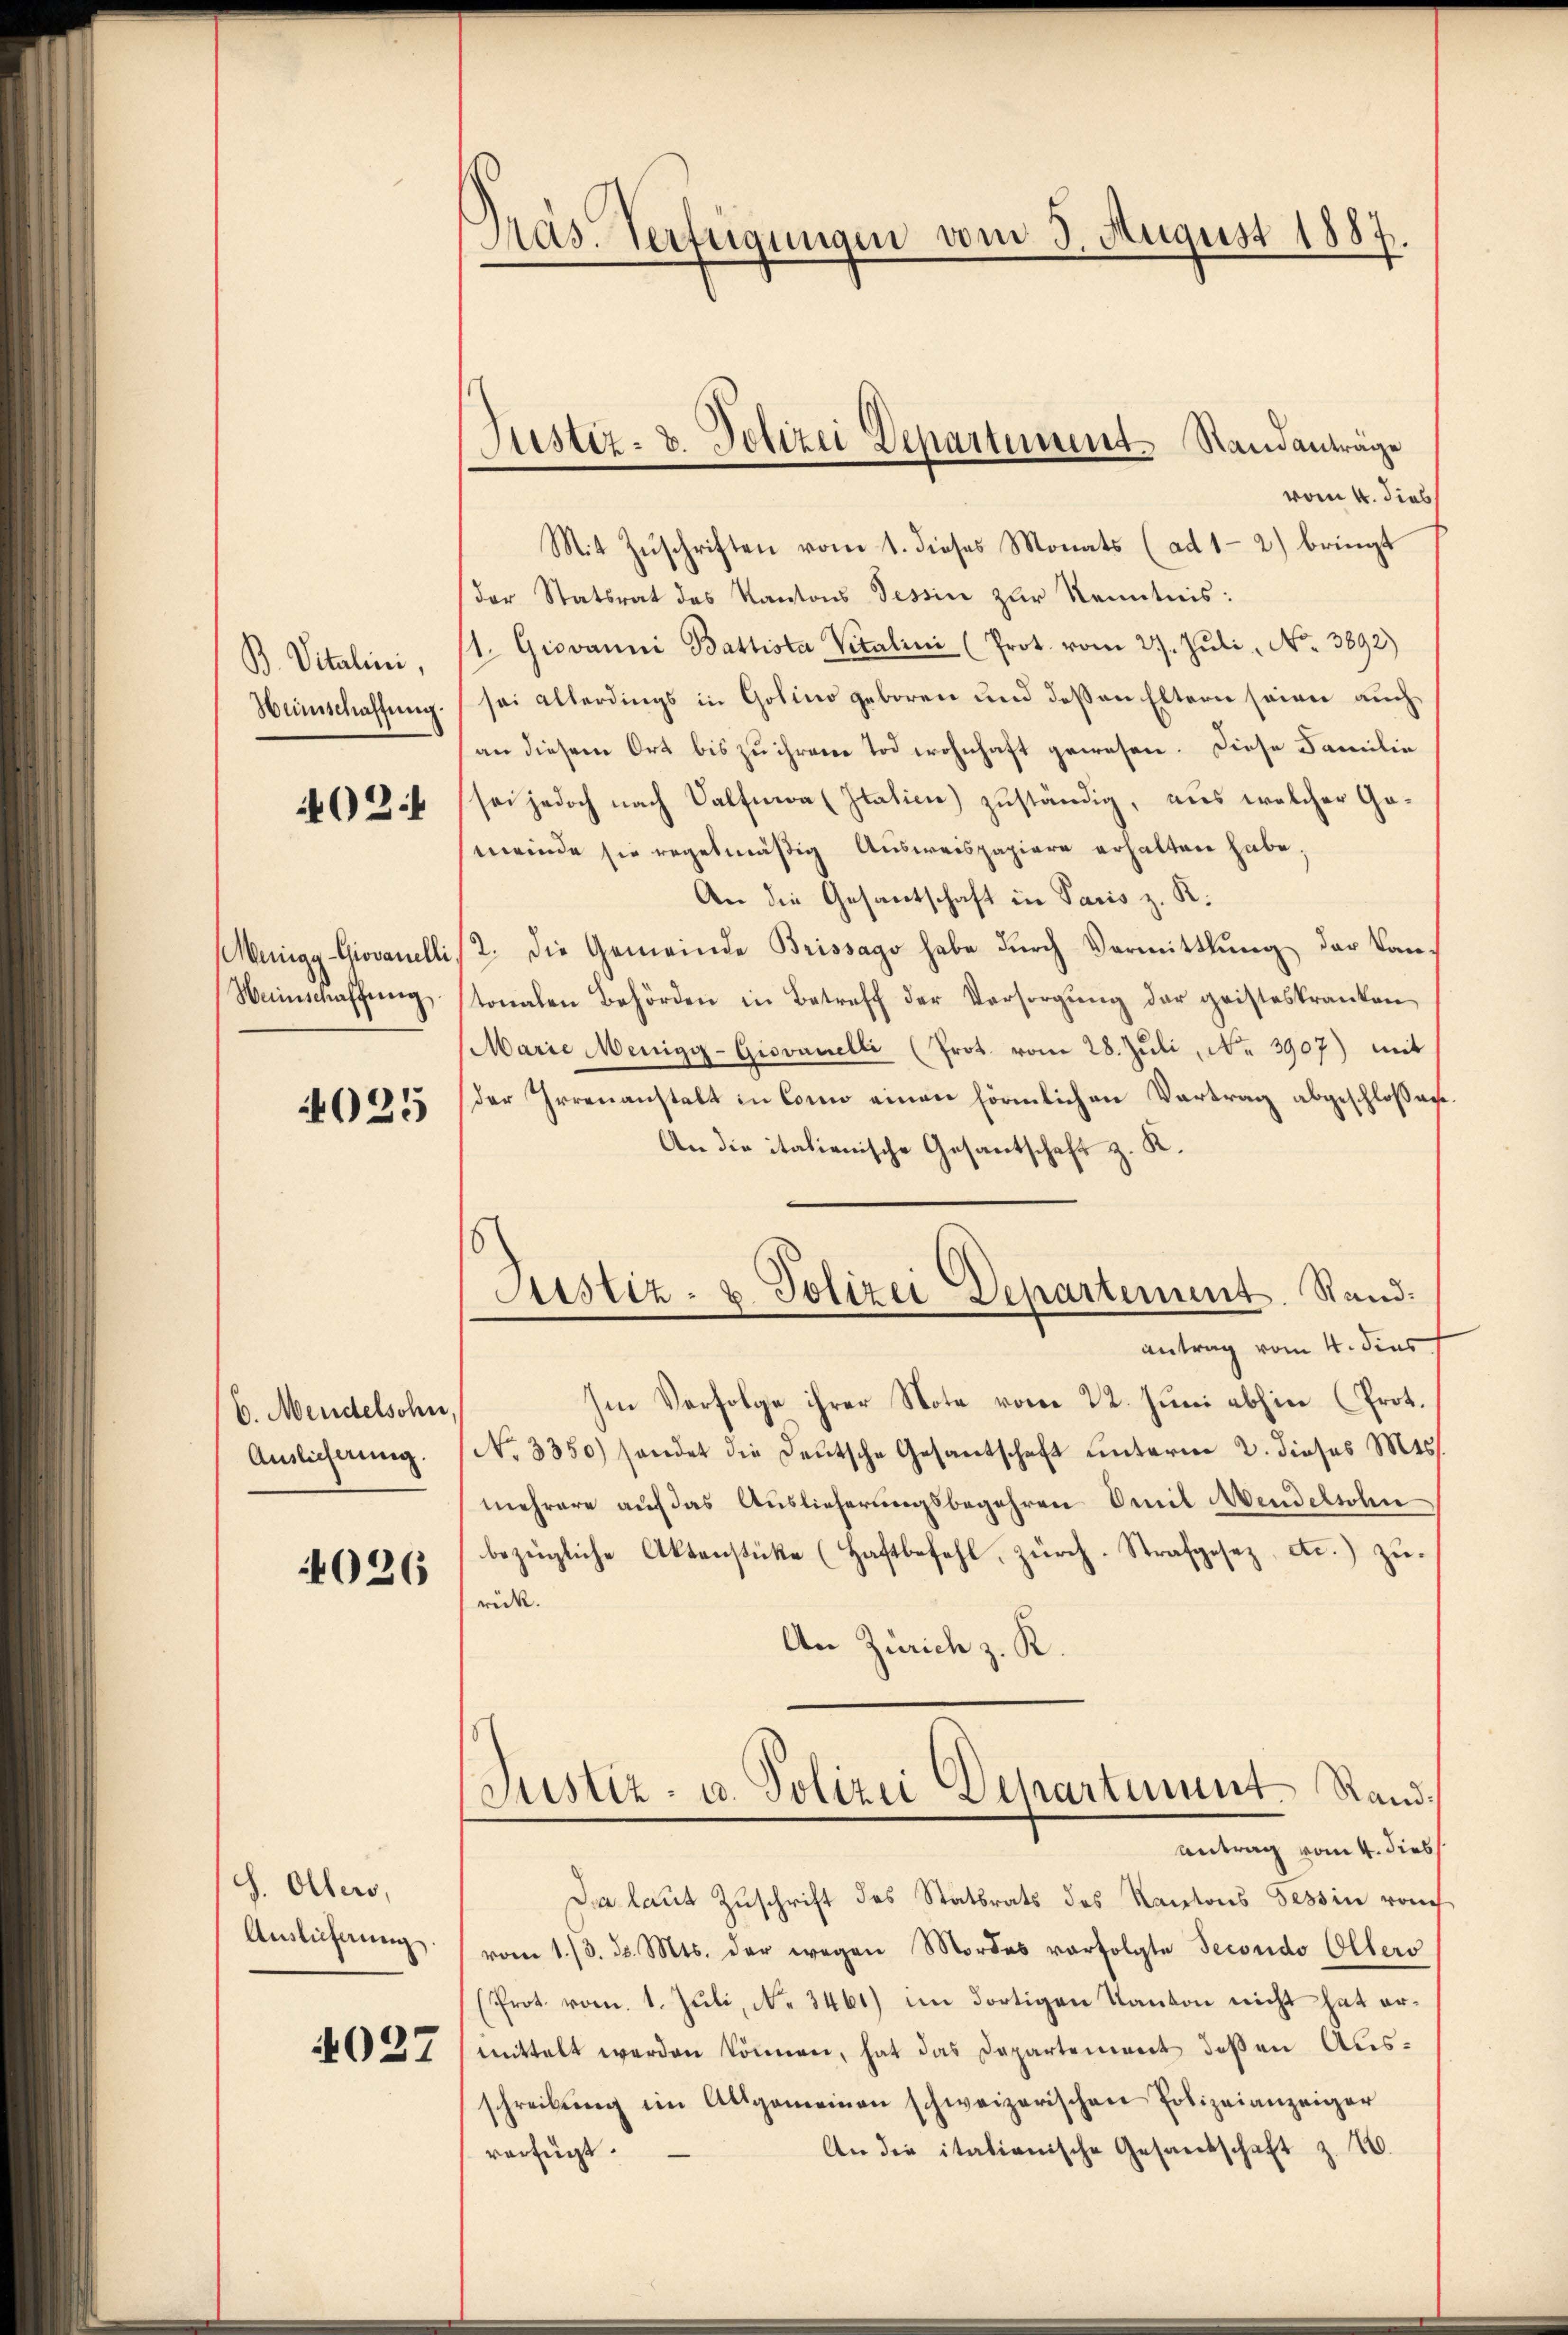
B. Vitalini,
Weinschaffung.

402.

Wenigg-Giovanelli
Weinschaffung,

4025

b. Mendelsohn,
Auslicherung.

4026

S. Olber,
Auslieferung
4027

Präs. Verfügungen vom 9. August 1887.

Justiz- u. Polizei Departement. Standanträge

vom 4. dies
Mit Zŭschriften vom 1. dieses Monats (ad 1-2) bringt
(der Statsrat des Kantons Tessin zŭr Kenntnis:
1. Giovanni Battista Vitalini (Prot. vom 27. Jŭli No 3892)
sei allerdings in Golino geboren und deßen Eltern seien auch
an diesem Ort bis zu ihrem Tod wohnhaft gewesen. Diese Familie
sei jedoch nach Valfmoa (Italien) zuständig, aus welcher Gameinde sie regelmäßig Ausweispapiere erhalten habe,
An die Gesantschaft in Paris z. K.
2. Die Gemeinde Brissago habe durch Vermittlung der Kantonalen Behörden in Betreff der Vorsorgung der geisteskranken,
Marie Menigg-Giovanelli (Prot. vom 28. Jŭli, No. 3907) mit
der Irrenanstalt in Conn einen förmlichen Vertrag abgeschloßan¬
An die italienische Gesantschaft z. K.
antrag vom 4. dies
Im Verfolge ihrer Note vom 22. Juni abhin (Prot.
No. 3350) sondet die Deutsche Gesantschaft unterm 2. dieses Mts.
mehrere auf das Auslieferungsbegehren Emil Wendelsohn
bezügliche Aktenstüke (Haftbefehl, zürch. Strafgesez, etc.) zurück.
An Zürich z. K.
Justiz- u. Polizei Departient Rand¬
Antrag vom 4. dies
Di laut Zuschrift des Statsrats des Kantons Tessin von
vom 1./3. d. Mts. der wegen Mordes vorfolgte Secondo Ollers
(Prot. vom 1. Juli, No. 3461) im dortigen Kanton nicht hat ermittelt werden können, hat das Departement deßen Ausschreibŭng im Allgemeinen schweizerischen Polizeianzeiger
An die italianische Gesandschaft z. B.
verfügt.

Justiz- u. Polizei Departement. Stand.